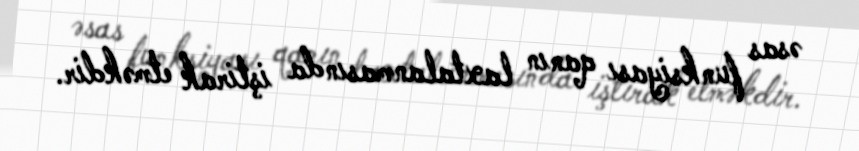
əsas funksiyası qanın laxtalanmasında iştirak etməkdir.